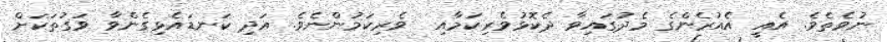
ނުވެތެވެ. އެއީ އެއުރެންގެ މެދުގައިވާ ދެކޮޅުވެރިކަމާއި  ވެރިކަމުންނެވެ. އަދި ކަނޑައެޅިގެންވާ ވަގުތަކަށް